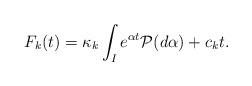
LaTeX: \begin{align*}F_k(t)=\kappa_k\int_I e^{\alpha t}{\cal P}(d\alpha)+c_k t. \end{align*}